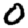
Digit: 0